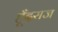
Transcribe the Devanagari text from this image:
हूँदराज